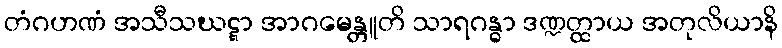
တံဂဟဏံ အသီသဃဋ္ဋာ အာဂမေန္တူတိ သာရဂန္ဓာ ဒဏ္ဍတ္ထာယ အတုလိယာနိ